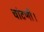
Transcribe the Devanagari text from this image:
चांदणी।